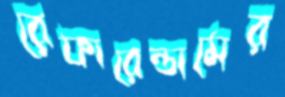
রেফারেন্ডামের